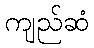
ကျည်ဆံ